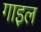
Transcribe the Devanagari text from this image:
गाइल